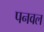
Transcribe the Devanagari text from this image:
पनवल